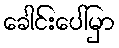
ခေါင်းပေါ်မှာ